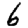
Digit: 6